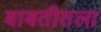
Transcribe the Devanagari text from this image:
बाबतीतला